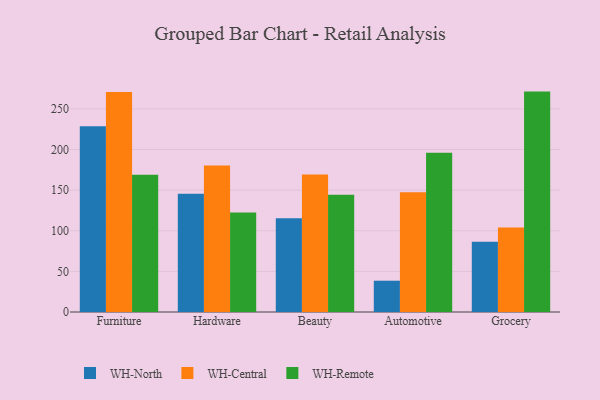
{"axis": {"x": "Category", "y": "Inventory Turnover"}, "legend": ["WH-Central", "WH-North", "WH-Remote"], "data": [{"x": "Furniture", "y": 228.6, "type": "WH-North"}, {"x": "Furniture", "y": 270.8, "type": "WH-Central"}, {"x": "Furniture", "y": 168.9, "type": "WH-Remote"}, {"x": "Hardware", "y": 145.5, "type": "WH-North"}, {"x": "Hardware", "y": 180.2, "type": "WH-Central"}, {"x": "Hardware", "y": 122.5, "type": "WH-Remote"}, {"x": "Beauty", "y": 115.4, "type": "WH-North"}, {"x": "Beauty", "y": 169.1, "type": "WH-Central"}, {"x": "Beauty", "y": 144.4, "type": "WH-Remote"}, {"x": "Automotive", "y": 38.5, "type": "WH-North"}, {"x": "Automotive", "y": 147.3, "type": "WH-Central"}, {"x": "Automotive", "y": 196.1, "type": "WH-Remote"}, {"x": "Grocery", "y": 86.5, "type": "WH-North"}, {"x": "Grocery", "y": 104.1, "type": "WH-Central"}, {"x": "Grocery", "y": 271.2, "type": "WH-Remote"}]}